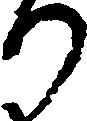
り